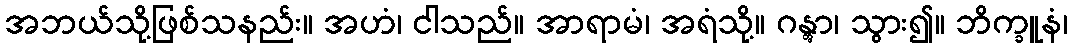
အဘယ်သို့ဖြစ်သနည်း။ အဟံ၊ ငါသည်။ အာရာမံ၊ အရံသို့။ ဂန္တွာ၊ သွား၍။ ဘိက္ခူနံ၊